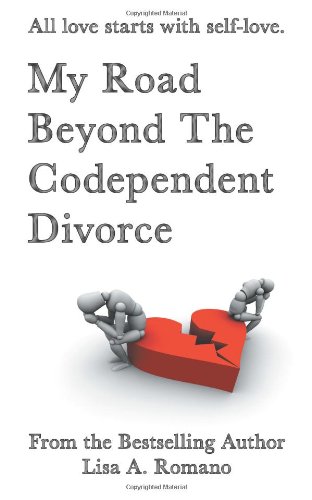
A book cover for My Road Beyond The Codependent Divorce; Lisa A. Romano; Health, Fitness & Dieting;